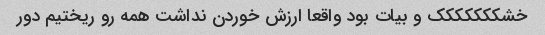
خشککککککک و بیات بود واقعا ارزش خوردن نداشت همه رو ریختیم دور